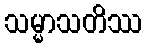
သမ္မာသတိဿ